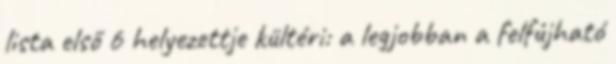
lista első 6 helyezettje kültéri: a legjobban a felfújható